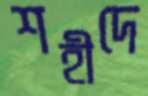
শহীদে